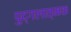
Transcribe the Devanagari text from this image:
पुद्गलात्मक